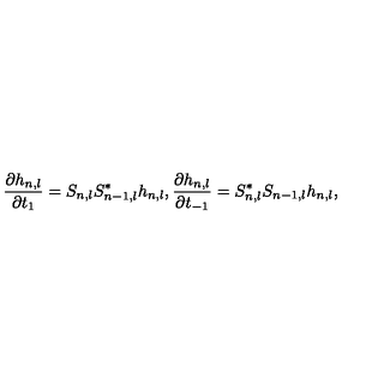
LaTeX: \frac { \partial h _ { n , l } } { \partial t _ { 1 } } = S _ { n , l } S _ { n - 1 , l } ^ { * } h _ { n , l } , \frac { \partial h _ { n , l } } { \partial t _ { - 1 } } = S _ { n , l } ^ { * } S _ { n - 1 , l } h _ { n , l } ,